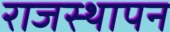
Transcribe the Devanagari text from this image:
राजस्थापन